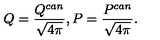
Q = \frac { Q ^ { c a n } } { \sqrt { 4 \pi } } , P = \frac { P ^ { c a n } } { \sqrt { 4 \pi } } .